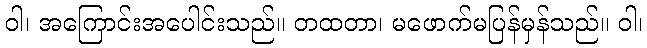
ဝါ၊ အကြောင်းအပေါင်းသည်။ တထတာ၊ မဖောက်မပြန်မှန်သည်။ ဝါ၊